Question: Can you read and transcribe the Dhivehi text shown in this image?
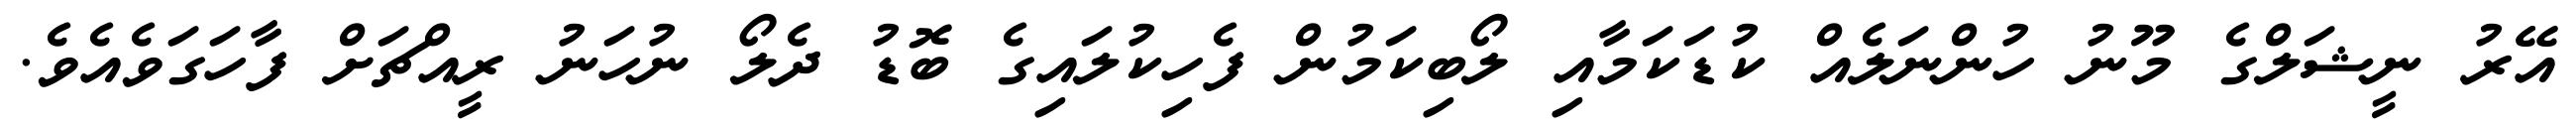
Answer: އޭރު ނީޝަލްގެ މޫނު ހުންނަލެއް ކުޑަކަމާއި ލޯބިކަމުން ފެހިކުލައިގެ ބޮޑު ދެލޯ ނުހަނު ރީއްޗަށް ފާހަގަވެއެވެ.